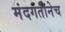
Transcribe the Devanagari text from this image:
मंदगतीनेच